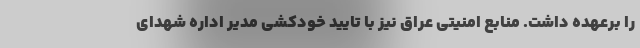
را برعهده داشت. منابع امنیتی عراق نیز با تایید خودکشی مدیر اداره شهدای